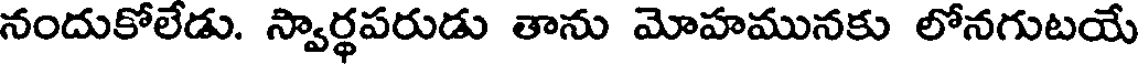
నందుకోలేడు. స్వార్థపరుడు తాను మోహమునకు లోనగుటయే